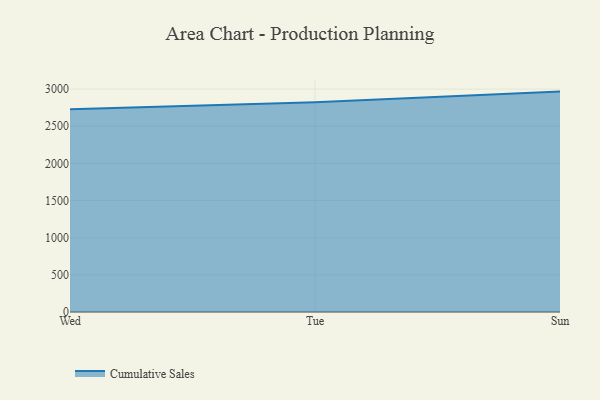
{"axis": {"x": "Day", "y": "Humidity (%)"}, "legend": ["Cumulative Sales"], "data": [{"x": "Wed", "y": 2729.6, "type": "Cumulative Sales"}, {"x": "Tue", "y": 2823.6, "type": "Cumulative Sales"}, {"x": "Sun", "y": 2965.9, "type": "Cumulative Sales"}]}